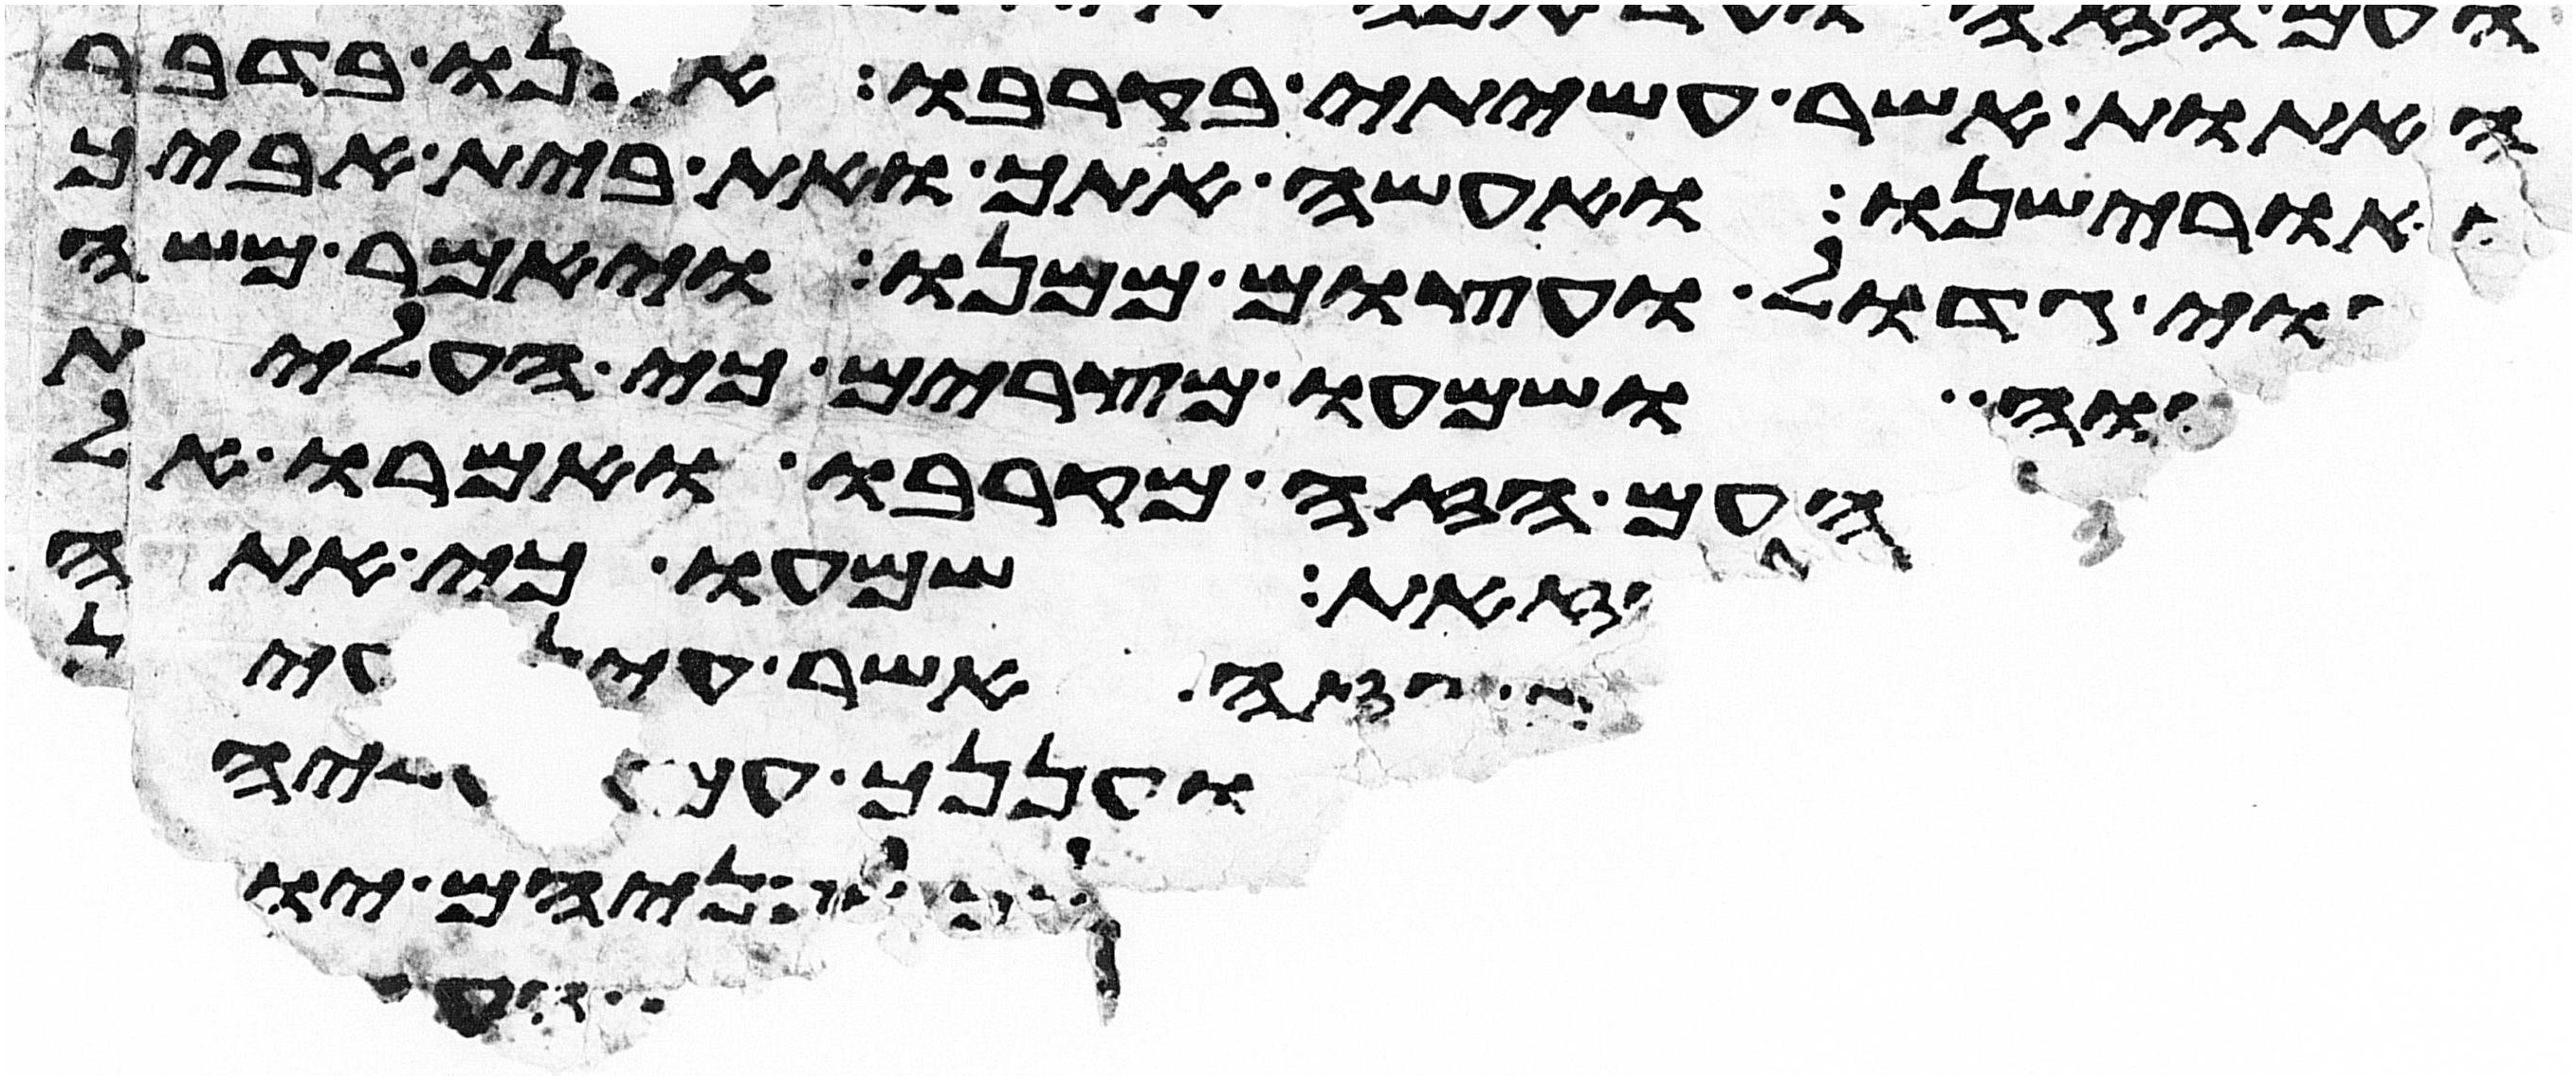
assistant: האתות אשר עשיתי בקרבו אכנו בדבר
ואורישנו ואעשה אתך ואת בית אביך
לגוי גדול ועצום ממנו ויאמר משה
יהוה ושמעו מצרים כי העלית
העם הזה מקרבו ואמרו אל
הזאת שמעו כי אתה
הזה אשר עין בעין
ועננך עמד עליהם
הלך לפניהם יומם
יגע